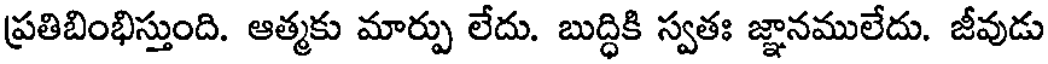
ప్రతిబింభిస్తుంది. ఆత్మకు మార్పు లేదు. బుద్ధికి స్వతః జ్ఞానములేదు. జీవుడు